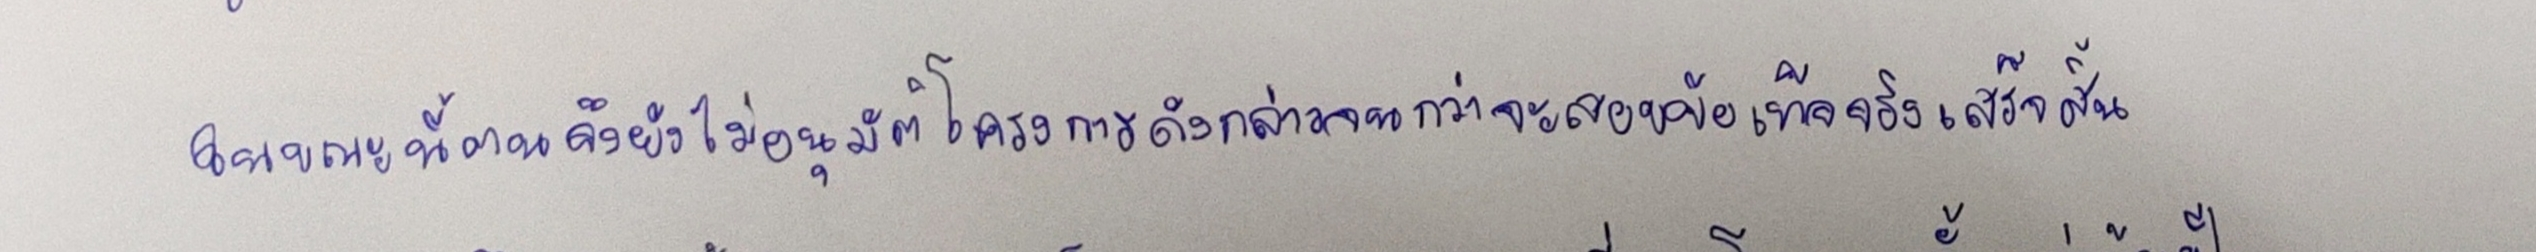
ในขณะนี้ตนจึงยังไม่อนุมัติโครงการดังกล่าวจนกว่าจะสอบข้อเท็จจริงเสร็จสิ้น